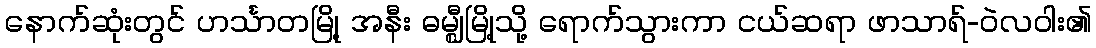
နောက်ဆုံးတွင် ဟင်္သာတမြို့ အနီး ဓမ္ဈီမြို့သို့ ရောက်သွားကာ ငယ်ဆရာ ဖာသာရ်-ဝဲလဝါး၏